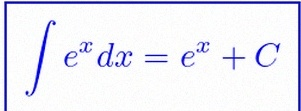
\int e^x dx=e^x+C